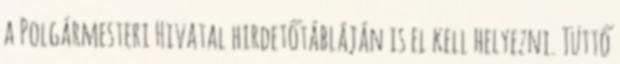
a Polgármesteri Hivatal hirdetőtábláján is el kell helyezni. Tüttő